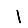
Digit: 1